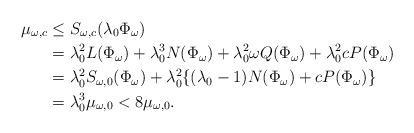
LaTeX: \begin{align*}\mu_{\omega,c}&\le S_{\omega,c}(\lambda_0 \Phi_{\omega})\\&=\lambda_0^2L(\Phi_{\omega})+\lambda_0^3N(\Phi_{\omega})+\lambda_0^2\omega Q(\Phi_{\omega})+\lambda_0^2cP(\Phi_{\omega})\\&=\lambda_0^2S_{\omega,0}(\Phi_{\omega})+\lambda_0^2\{(\lambda_0-1)N(\Phi_{\omega})+cP(\Phi_{\omega})\}\\&=\lambda_0^3\mu_{\omega,0}<8\mu_{\omega,0}. \end{align*}